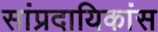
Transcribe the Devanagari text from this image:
सांप्रदायिकांस